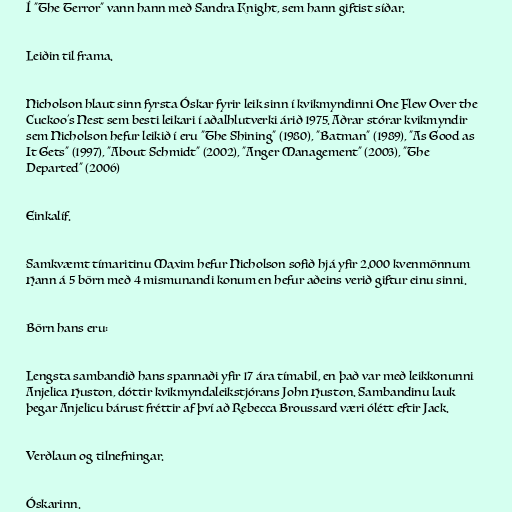
Í "The Terror" vann hann með Sandra Knight, sem hann giftist síðar.

Leiðin til frama.

Nicholson hlaut sinn fyrsta Óskar fyrir leik sinn í kvikmyndinni One Flew Over the
Cuckoo's Nest sem besti leikari í aðalhlutverki árið 1975. Aðrar stórar kvikmyndir
sem Nicholson hefur leikið í eru "The Shining" (1980), "Batman" (1989), "As Good as
It Gets" (1997), "About Schmidt" (2002), "Anger Management" (2003), "The
Departed" (2006)

Einkalíf.

Samkvæmt tímaritinu Maxim hefur Nicholson sofið hjá yfir 2.000 kvenmönnum
Hann á 5 börn með 4 mismunandi konum en hefur aðeins verið giftur einu sinni.

Börn hans eru:

Lengsta sambandið hans spannaði yfir 17 ára tímabil, en það var með leikkonunni
Anjelica Huston, dóttir kvikmyndaleikstjórans John Huston. Sambandinu lauk
þegar Anjelicu bárust fréttir af því að Rebecca Broussard væri ólétt eftir Jack.

Verðlaun og tilnefningar.

Óskarinn.